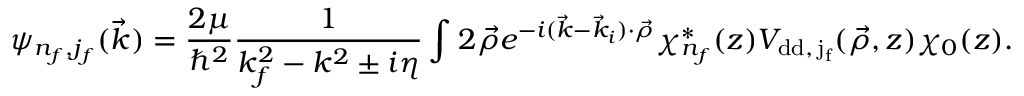
\psi _ { n _ { f } , j _ { f } } ( \vec { k } ) = \frac { 2 \mu } { \hbar ^ { 2 } } \frac { 1 } { k _ { f } ^ { 2 } - k ^ { 2 } \pm i \eta } \int \d ^ { 2 } \vec { \rho } \d z e ^ { - i ( \vec { k } - \vec { k } _ { i } ) \cdot \vec { \rho } } \chi _ { n _ { f } } ^ { * } ( z ) V _ { \mathrm { { d d } , \, j _ { f } } } ( \vec { \rho } , z ) \chi _ { 0 } ( z ) .